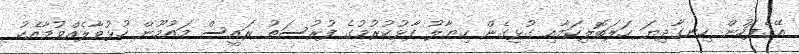
އޭގެފަހުން ހިނގާދިޔަ ހަލަބޮލިކަމާއި ގުޅިގެން ހިޔާލު ފާޅުކުރުމުގެ ފުރުސަތު ރައީސް މައުމޫން ހުޅުވާލެއްވުމާއެކު